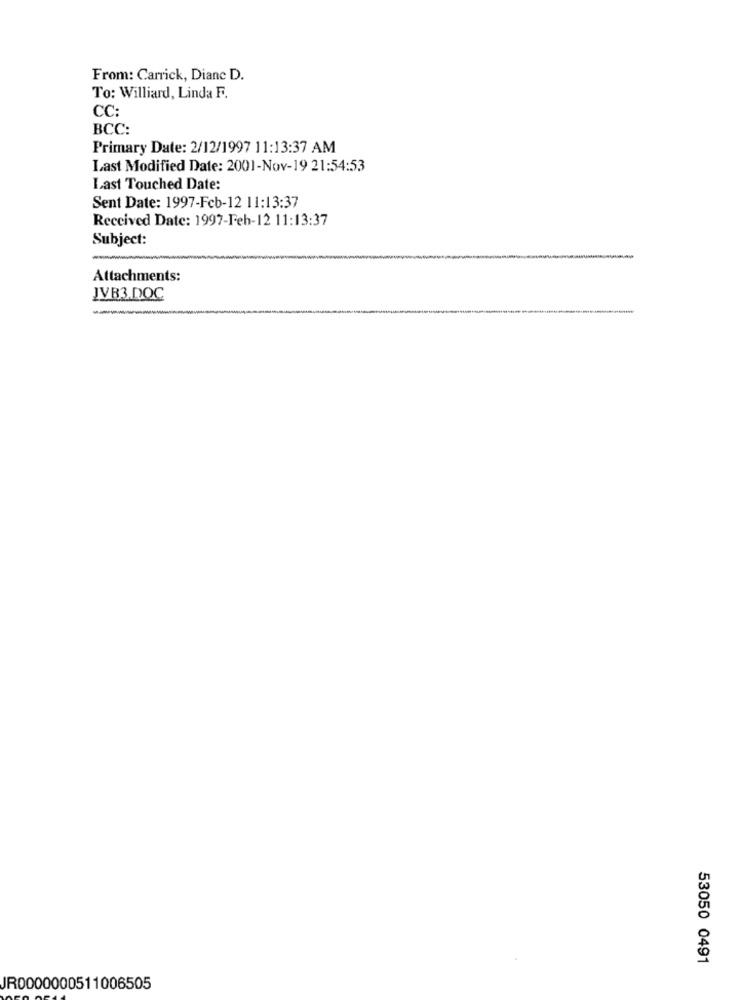
From: Carrick, Dianc D.
To: Williard, Linda F.
CC:
BCC:
Primary Date: 2/12/1997 11:13:37 AM
Last Modified Date: 2001-Nov-19 21:54:53
Last Touched Date:
Sent Date: 1997-Feb-12 11:13:37
Received Date: 1997-Feh-12 11:13:37
Subject:
Attachments:
JVB3.DOC
53050 0491
JR0000000511006505